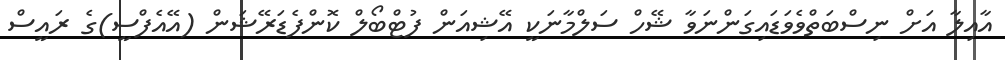
އާއިލާ އަށް ނިސްބަތްވެވަޑައިގަންނަވާ ޝޭހް ސަލްމާނަކީ އޭޝިއަން ފުޓްބޯލް ކޮންފެޑަރޭޝަން (އޭއެފްސީ)ގެ ރައީސް